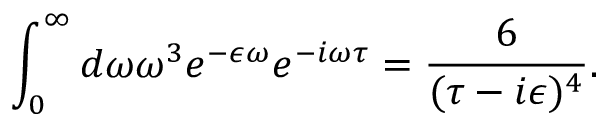
\int _ { 0 } ^ { \infty } d \omega \omega ^ { 3 } e ^ { - \epsilon \omega } e ^ { - i \omega \tau } = \frac { 6 } { ( \tau - i \epsilon ) ^ { 4 } } .